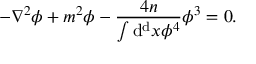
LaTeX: - \nabla ^ { 2 } \phi + m ^ { 2 } \phi - { \frac { 4 n } { \int \mathrm { d ^ { d } } x \phi ^ { 4 } } } \phi ^ { 3 } = 0 .